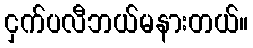
ငှက်ပလီဘယ်မနားတယ်။